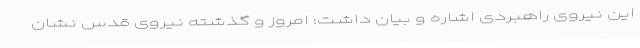
این نیروی راهبردی اشاره و بیان داشت: امروز و گذشته نیروی قدس نشان